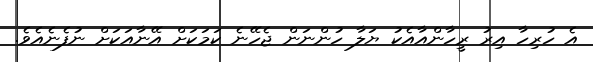
އެ ހުރިހާ އިރު ރީހާންއާއެކު ޔަލާ ހުންނަން ޖެހޭނެ ކަމަކަށް އޭނާއަކަށް ނުފެނެއެވެ.